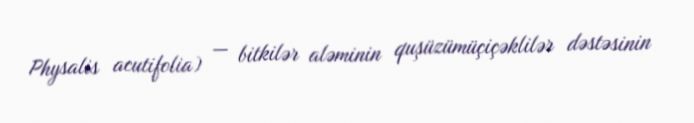
Physalis acutifolia) — bitkilər aləminin quşüzümüçiçəklilər dəstəsinin